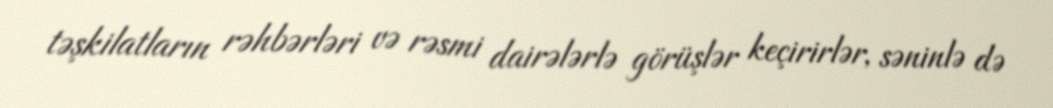
təşkilatların rəhbərləri və rəsmi dairələrlə görüşlər keçirirlər, səninlə də